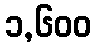
၁,၆၀၀